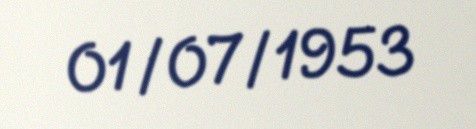
01/07/1953